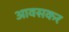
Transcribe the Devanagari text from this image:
आवसकर